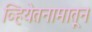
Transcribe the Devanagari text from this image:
व्हियेतनामातून